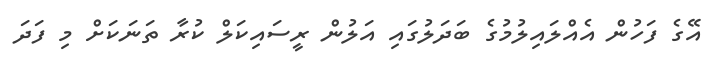
އޭގެ ފަހުން އެއްލައިލުމުގެ ބަދަލުގައި އަލުން ރީސައިކަލް ކުރާ ތަނަކަށް މި ފަދަ